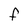
Character: F